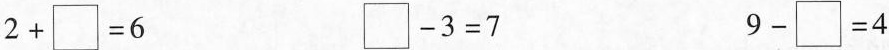
$$2 + \Box = 6$$ $$\Box - 3 = 7$$ $$9 - \Box = 4$$